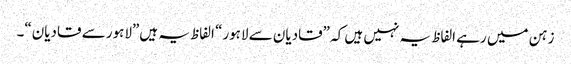
زہن میں رہے الفاظ یہ نہیں ہیں کہ ”قادیان سے لاہور“ الفاظ یہ ہیں”لاہور سے قادیان“۔